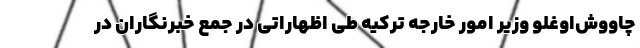
چاووش‌اوغلو وزیر امور خارجه ترکیه طی اظهاراتی در جمع خبرنگاران در